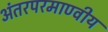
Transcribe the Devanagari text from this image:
अंतरपरमाण्वीय